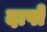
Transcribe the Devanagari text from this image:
दाषों